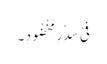
فِیْ سِدْرٍ مَّخْضُودٍ ۔